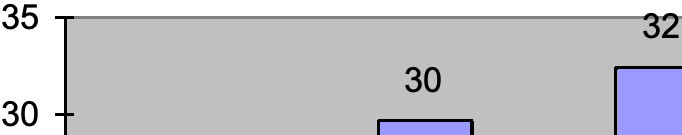
35                   32 30 30